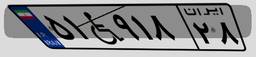
۵۱W۹۱۸۲۸